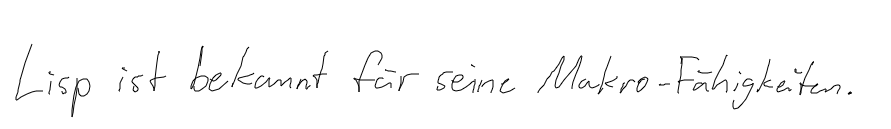
Lisp ist bekannt für seine Makro-Fähigkeiten.